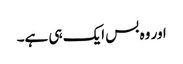
اور وہ بس ایک ہی ہے۔